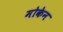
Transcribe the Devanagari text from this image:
मोकेन